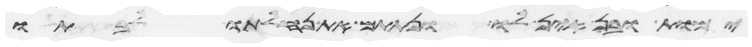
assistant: ימות ובן אין לו ונתתם את נחלתו לבתו